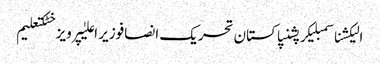
الیکشناسمبلیکرپشنپاکستان تحریک انصافوزیر اعلیٰپرویز خٹکتعلیم